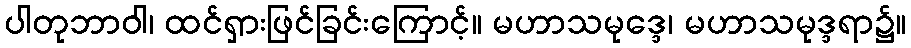
ပါတုဘာဝါ၊ ထင်ရှားဖြင်ခြင်းကြောင့်။ မဟာသမုဒ္ဒေ၊ မဟာသမုဒ္ဒရာ၌။